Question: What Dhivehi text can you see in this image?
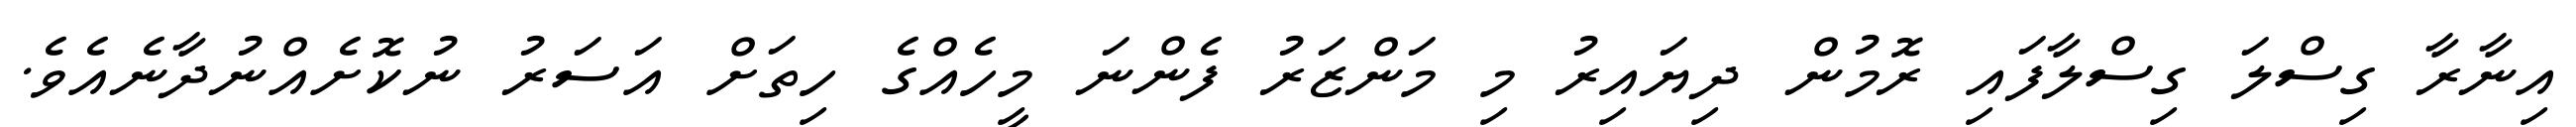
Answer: އިނާރާ ގިސްލަ ގިސްލާފައި ރޮމުން ދިޔައިރު މި މަންޒަރު ފެންނަ މީހެއްގެ ހިތަށް އަސަރު ނުކޮށެއްނުދާނެއެވެ.